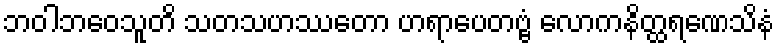
ဘဝါဘဝေသူတိ သတသဟဿတော ဟရာပေတဗ္ဗံ လောကနိတ္ထရဏေသိနံ